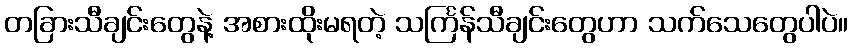
တခြားသီချင်းတွေနဲ့ အစားထိုးမရတဲ့ သင်္ကြန်သီချင်းတွေဟာ သက်သေတွေပါပဲ။